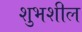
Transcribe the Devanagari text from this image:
शुभशील